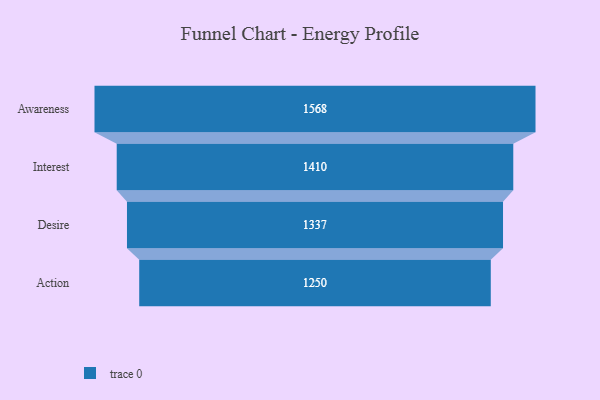
{"axis": {"x": "Stage", "y": "Value"}, "legend": [""], "data": [{"x": "Awareness", "y": 1568.0, "type": ""}, {"x": "Interest", "y": 1410.0, "type": ""}, {"x": "Desire", "y": 1337.0, "type": ""}, {"x": "Action", "y": 1250.0, "type": ""}]}